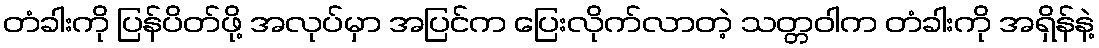
တံခါးကို ပြန်ပိတ်ဖို့ အလုပ်မှာ အပြင်က ပြေးလိုက်လာတဲ့ သတ္တဝါက တံခါးကို အရှိန်နဲ့